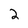
Character: 2